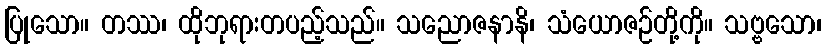
ပြုသော။ တဿ၊ ထိုဘုရားတပည့်သည်။ သညောဇနာနိ၊ သံယောဇဉ်တို့ကို။ သဗ္ဗသော၊